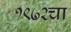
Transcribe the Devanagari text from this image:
१९७२चा